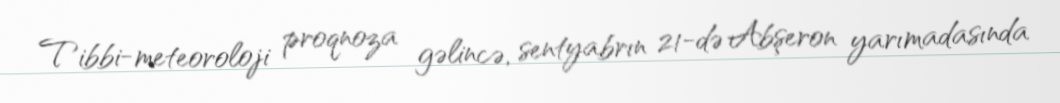
Tibbi-meteoroloji proqnoza gəlincə, sentyabrın 21-də Abşeron yarımadasında